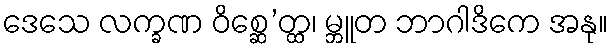
ဒေသေ လက္ခဏ ဝိစ္ဆေ’တ္ထ၊ မ္ဘူတ ဘာဂါဒိကေ အနု။